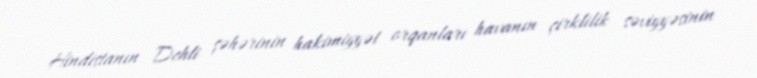
Hindistanın Dehli şəhərinin hakimiyyət orqanları havanın çirklilik səviyyəsinin